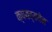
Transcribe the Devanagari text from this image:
क्षयव्ययेन